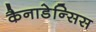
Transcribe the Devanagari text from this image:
कैनाडेन्सिस